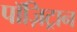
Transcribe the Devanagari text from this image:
पॉज़िट्रान